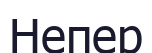
Непер